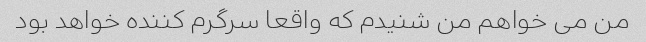
من می خواهم من شنیدم که واقعا سرگرم کننده خواهد بود